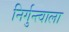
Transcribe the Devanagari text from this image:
निर्गुन्त्वाला